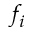
f _ { i }